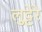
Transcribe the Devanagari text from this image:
लुट्टेरे